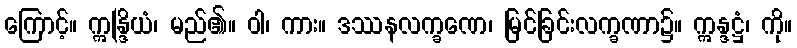
ကြောင့်။ ဣန္ဒြိယံ၊ မည်၏။ ဝါ၊ ကား။ ဒဿနလက္ခဏေ၊ မြင်ခြင်းလက္ခဏာ၌။ ဣန္ဒဋ္ဌံ၊ ကို။